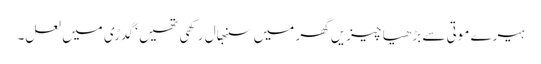
ہیرے موتی سے بڑھیا چیزیں گھر میں سنبھال رکھی تھیں ‘ گدڑی میں لعل۔